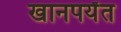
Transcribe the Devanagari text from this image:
खानपर्यंत